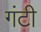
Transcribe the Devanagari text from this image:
गंटी